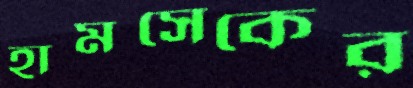
হামসেকের